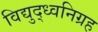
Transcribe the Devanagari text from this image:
विद्युद्ध्वनिग्रह